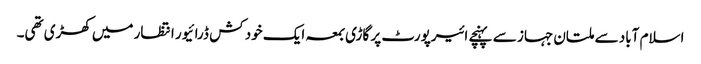
اسلام آباد سے ملتان جہاز سے پہنچے ائیرپورٹ پر گاڑی بمعہ ایک خود کش ڈرائیور انتظار میں کھڑی تھی۔